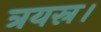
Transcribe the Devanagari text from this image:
त्रयस्र।